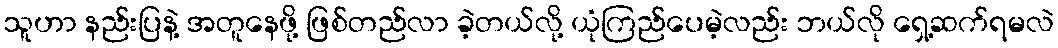
သူဟာ နည်းပြနဲ့ အတူနေဖို့ ဖြစ်တည်လာ ခဲ့တယ်လို့ ယုံကြည်ပေမဲ့လည်း ဘယ်လို ရှေ့ဆက်ရမလဲ